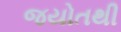
જયોતથી